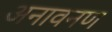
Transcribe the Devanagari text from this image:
अनावनण